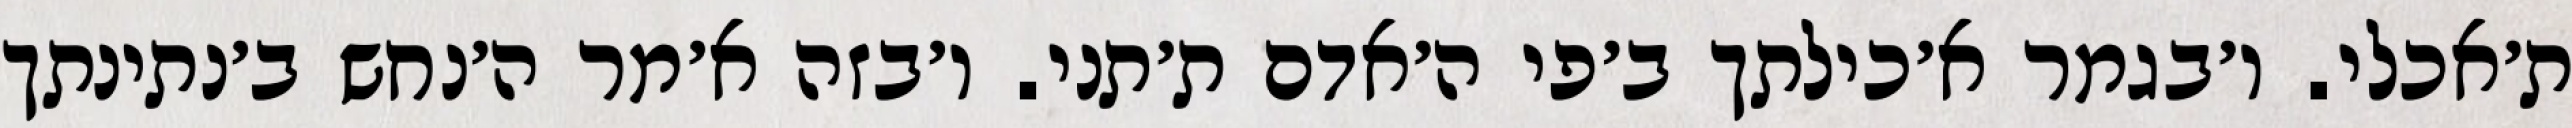
ת׳אכלי. ו׳בגמר א׳כילתך ב׳פי ה׳אדם ת׳תני. ו׳בזה א׳מר ה׳נחש ב׳נתינתך